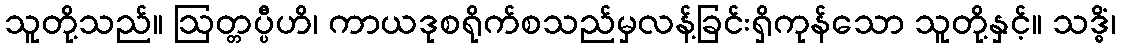
သူတို့သည်။ ဩတ္တပ္ပီဟိ၊ ကာယဒုစရိုက်စသည်မှလန့်ခြင်းရှိကုန်သော သူတို့နှင့်။ သဒ္ဓိံ၊